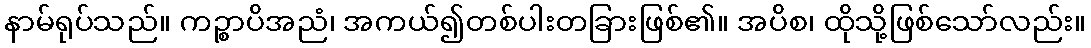
နာမ်ရုပ်သည်။ ကဉ္စာပိအညံ၊ အကယ်၍တစ်ပါးတခြားဖြစ်၏။ အပိစ၊ ထိုသို့ဖြစ်သော်လည်း။